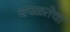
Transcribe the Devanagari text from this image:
चपळतेचा